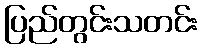
ပြည်တွင်းသတင်း